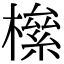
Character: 𣚎